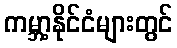
ကမ္ဘာ့နိုင်ငံများတွင်